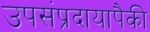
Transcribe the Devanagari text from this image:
उपसंप्रदायापैकी